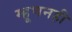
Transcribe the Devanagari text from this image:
म्हूणनही